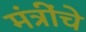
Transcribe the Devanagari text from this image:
मंत्रींचे